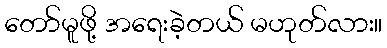
တော်မူဖို့ အရေးခဲ့တယ် မဟုတ်လား။